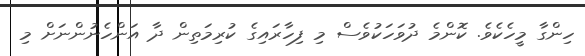
ހިންގާ މީހެކެވެ. ކޮންމެ ދުވަހަކުވެސް މި ފިހާރައިގެ ކުރިމަތިން ދާ އަންހެނުންނަށް މި